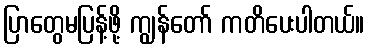
ပြာတွေမပြန့်ဖို့ ကျွန်တော် ကတိပေးပါတယ်။